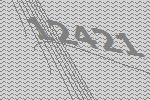
12421